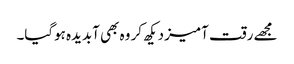
مجھے رقت آمیز دیکھ کر وہ بھی آبدیدہ ہوگیا۔